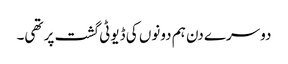
دوسرے دن ہم دونوں کی ڈیوٹی گشت پر تھی۔